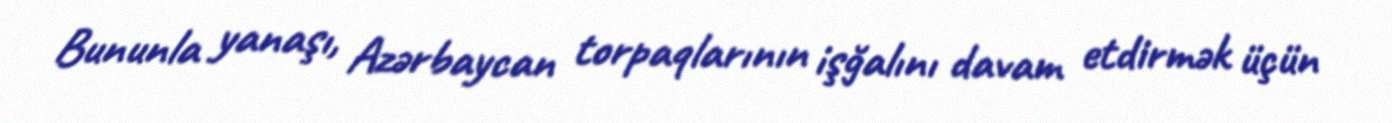
Bununla yanaşı, Azərbaycan torpaqlarının işğalını davam etdirmək üçün